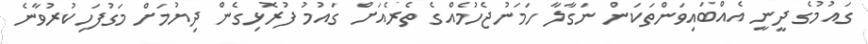
ގައުމުގެ ދީނީ އެއްބައިވަންތަކަން ނަގާލާ ހަމަނުޖެހުމެއްގެ ތެރެއަށް ގައުމު ފުރޮޅިގެން ދިޔުމަށް މަގުފަހިކުރުވާނެ